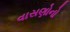
વાસણોનો